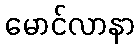
မောင်လာနာ